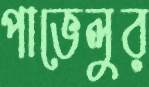
পাভেলুর